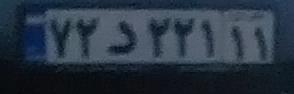
۷۲د۲۲۱۱۱